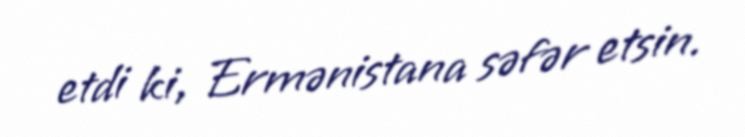
etdi ki, Ermənistana səfər etsin.